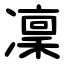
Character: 凜